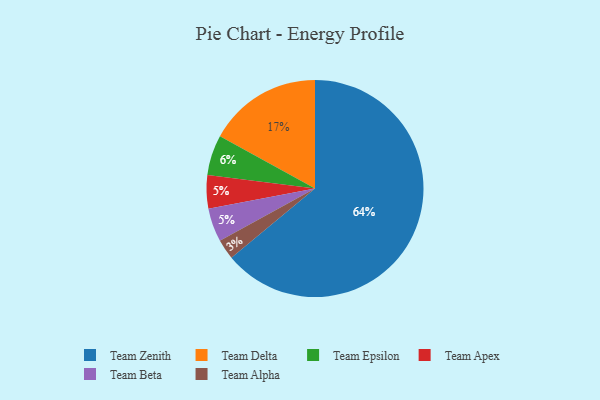
{"axis": {"x": "Category", "y": "Percentage"}, "legend": ["Team Alpha", "Team Apex", "Team Beta", "Team Delta", "Team Epsilon", "Team Zenith"], "data": [{"x": "Team Apex", "y": 5, "type": "Team Apex"}, {"x": "Team Alpha", "y": 3, "type": "Team Alpha"}, {"x": "Team Zenith", "y": 64, "type": "Team Zenith"}, {"x": "Team Beta", "y": 5, "type": "Team Beta"}, {"x": "Team Delta", "y": 17, "type": "Team Delta"}, {"x": "Team Epsilon", "y": 6, "type": "Team Epsilon"}]}